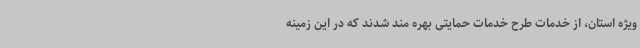
ویژه استان، از خدمات طرح خدمات حمایتی بهره مند شدند که در این زمینه